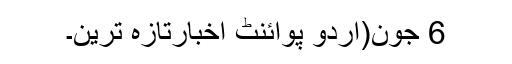
6 جون(اُردو پوائنٹ اخبارتازہ ترین۔